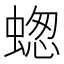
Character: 䗓